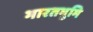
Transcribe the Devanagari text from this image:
भारतभुमि